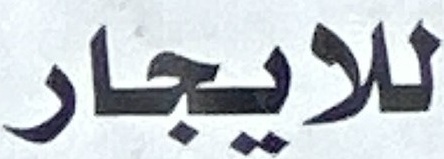
للایجار